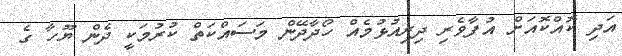
އަދި ކޮއްކޮއަށް އުފާވެރި ދިރިއުޅުމެއް ހޯދާދޭން މަސައްކަތް ކުރުމަކީ ދެން ޔޫހާ ގެ